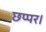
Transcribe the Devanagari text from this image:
छप्पर।